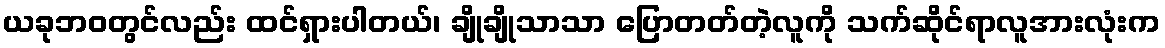
ယခုဘဝတွင်လည်း ထင်ရှားပါတယ်၊ ချိုချိုသာသာ ပြောတတ်တဲ့လူကို သက်ဆိုင်ရာလူအားလုံးက